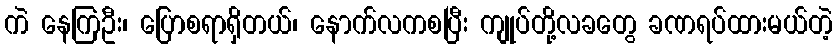
ကဲ နေကြဦး၊ ပြောစရာရှိတယ်၊ နောက်လကစပြီး ကျုပ်တို့လခတွေ ခဏရပ်ထားမယ်တဲ့